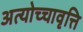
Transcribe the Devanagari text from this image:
अत्योच्चावृत्ति